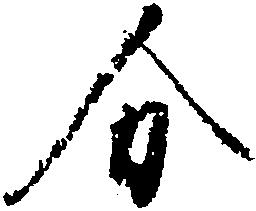
分